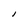
Character: l